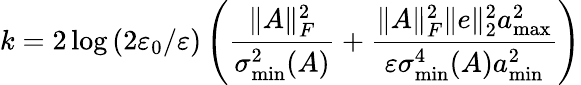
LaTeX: k=2\log\left(2\varepsilon_{0}/\varepsilon\right)\left(\frac{\| A\| _{F}^{2}}{\sigma_{\operatorname*{min}}^{2}(A)}+\frac{\| A\| _{F}^{2}\| e\| _{2}^{2}a_{\operatorname*{max}}^{2}}{\varepsilon\sigma_{\operatorname*{min}}^{4}(A)a_{\operatorname*{min}}^{2}}\right)